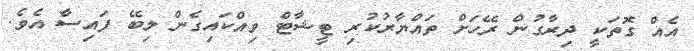
އެއް ގޮތަކީ ދިރާގުން ރޭހަށް ތައްޔާރުކުރި ޓީޝާޓް ވިއްކައިގެން ލިބޭ ފައިސާ އެވެ.